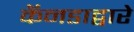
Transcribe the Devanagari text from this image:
कॅनडाद्वारे